Leaving Certificate Examination, 1918
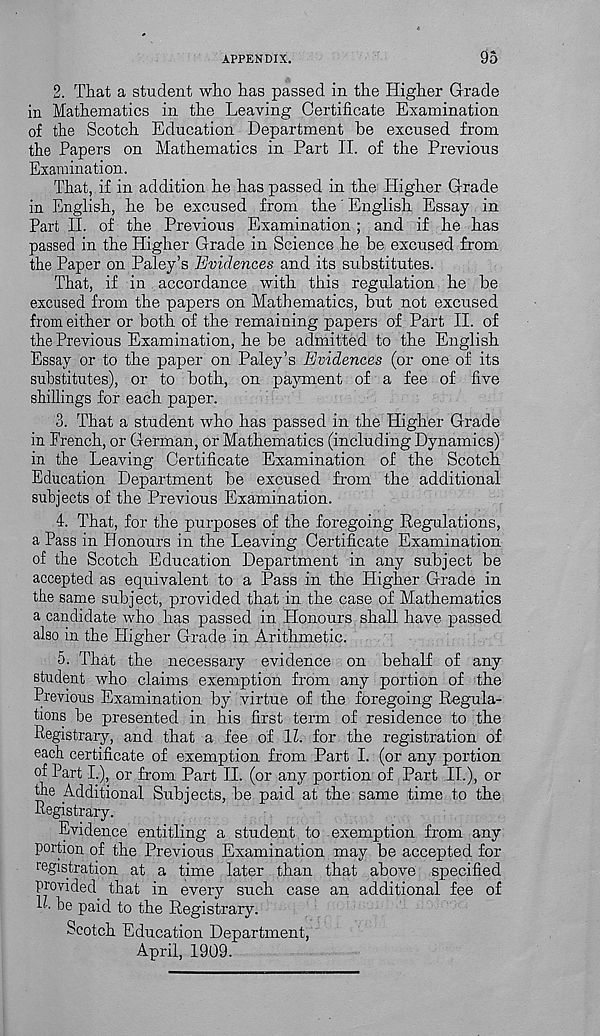
APPENDIX.
95
2. That a student who has passed in the Higher Grade
in Mathematics in the Leaving Certificate Examination
of the Scotch Education Department be excused from
the Papers on Mathematics in Part II. of the Previous
Examination.
That, if in addition he has passed in the Higher Grade
in English, he be excused from the' English Essay in
Part II. of the Previous Examination ; and if he has
passed in the Higher Grade in Science he be excused from
the Paper on Paley’s Evidences and its substitutes.
That, if in accordance with this regulation he be
excused from the papers on Mathematics, but not excused
from either or both of the remaining papers of Part II. of
the Previous Examination, he be admitted to the English
Essay or to the paper on Paley’s Evidences (or one of its
substitutes), or to both, on payment of a fee of five
shillings for each paper.
3. That a student who has passed in the Higher Grade
in French, or German, or Mathematics (including Dynamics)
in the Leaving Certificate Examination of the Scotch
Education Department be excused from the additional
subjects of the Previous Examination.
4. That, for the purposes of the foregoing Regulations,
a Pass in Honours in the Leaving Certificate Examination
of the Scotch Education Department in any subject be
accepted as equivalent to a Pass in the Higher Grade in
the same subject, provided that in the case of Mathematics
a candidate who has passed in Honours shall have passed
also in the Pligher Grade in Arithmetic.
5. That the necessary evidence on behalf of any
student who claims exemption from any portion of the
Previous Examination by virtue of the foregoing Regula-
tions be presented in his first term of residence to the
Pegistrary, and that a fee of 11. for the registration of
each certificate of exemption from Part I. (or any portion
of Part I.), or from Part II. (or any portion of Part II.), or
fhe Additional Subjects, be paid at the same time to the
Pegistrary.
Evidence entitling a student to exemption from any
portion of the Previous Examination may be accepted for
registration at a time later than that above specified
provided that in every such case an additional fee of
”• be paid to the Registrary.
Scotch Education Department,
April, 1909.